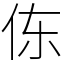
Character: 㑈